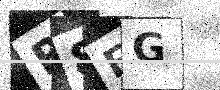
Text: R8FG